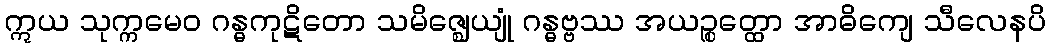
ဣယ သုက္ကမေဝ ဂန္ဓကုဋိတော သမိဇ္ဈေယျုံ ဂန္ဓဗ္ဗဿ အယဉ္စတ္ထော အာဓိကျေ သီလေနပိ